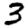
Digit: 3